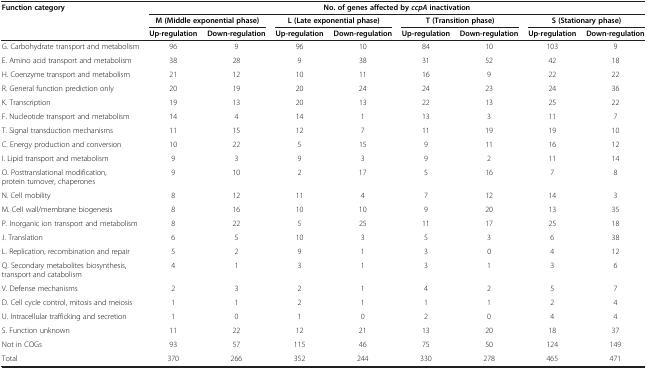
<table><thead><tr><td><b>Function category</b></td><td colspan="8"><b>No. of genes affected by <i>ccpA </i>inactivation</b></td></tr><tr><td><b> </b></td><td colspan="2"><b>M (Middle exponential phase)</b></td><td colspan="2"><b>L (Late exponential phase)</b></td><td colspan="2"><b>T (Transition phase)</b></td><td colspan="2"><b>S (Stationary phase)</b></td></tr><tr><td><b> </b></td><td><b>Up-regulation</b></td><td><b>Down-regulation</b></td><td><b>Up-regulation</b></td><td><b>Down-regulation</b></td><td><b>Up-regulation</b></td><td><b>Down-regulation</b></td><td><b>Up-regulation</b></td><td><b>Down-regulation</b></td></tr></thead><tbody><tr><td>G. Carbohydrate transport and metabolism</td><td>96</td><td>9</td><td>96</td><td>10</td><td>84</td><td>10</td><td>103</td><td>9</td></tr><tr><td>E. Amino acid transport and metabolism</td><td>38</td><td>28</td><td>9</td><td>38</td><td>31</td><td>52</td><td>42</td><td>18</td></tr><tr><td>H. Coenzyme transport and metabolism</td><td>21</td><td>12</td><td>10</td><td>11</td><td>16</td><td>9</td><td>22</td><td>22</td></tr><tr><td>R. General function prediction only</td><td>20</td><td>19</td><td>20</td><td>24</td><td>24</td><td>23</td><td>24</td><td>36</td></tr><tr><td>K. Transcription</td><td>19</td><td>13</td><td>20</td><td>13</td><td>22</td><td>13</td><td>25</td><td>22</td></tr><tr><td>F. Nucleotide transport and metabolism</td><td>14</td><td>4</td><td>14</td><td>1</td><td>13</td><td>3</td><td>11</td><td>7</td></tr><tr><td>T. Signal transduction mechanisms</td><td>11</td><td>15</td><td>12</td><td>7</td><td>11</td><td>19</td><td>19</td><td>10</td></tr><tr><td>C. Energy production and conversion</td><td>10</td><td>22</td><td>5</td><td>15</td><td>9</td><td>11</td><td>16</td><td>12</td></tr><tr><td>I. Lipid transport and metabolism</td><td>9</td><td>3</td><td>9</td><td>3</td><td>9</td><td>2</td><td>11</td><td>14</td></tr><tr><td>O. Posttranslational modification, protein turnover, chaperones</td><td>9</td><td>10</td><td>2</td><td>17</td><td>5</td><td>16</td><td>7</td><td>8</td></tr><tr><td>N. Cell mobility</td><td>8</td><td>12</td><td>11</td><td>4</td><td>7</td><td>12</td><td>14</td><td>3</td></tr><tr><td>M. Cell wall/membrane biogenesis</td><td>8</td><td>16</td><td>10</td><td>10</td><td>9</td><td>20</td><td>13</td><td>35</td></tr><tr><td>P. Inorganic ion transport and metabolism</td><td>8</td><td>22</td><td>5</td><td>25</td><td>11</td><td>17</td><td>25</td><td>18</td></tr><tr><td>J. Translation</td><td>6</td><td>5</td><td>10</td><td>3</td><td>5</td><td>3</td><td>6</td><td>38</td></tr><tr><td>L. Replication, recombination and repair</td><td>5</td><td>2</td><td>9</td><td>1</td><td>3</td><td>0</td><td>4</td><td>12</td></tr><tr><td>Q. Secondary metabolites biosynthesis, transport and catabolism</td><td>4</td><td>1</td><td>3</td><td>1</td><td>3</td><td>1</td><td>3</td><td>6</td></tr><tr><td>V. Defense mechanisms</td><td>2</td><td>3</td><td>2</td><td>1</td><td>4</td><td>2</td><td>5</td><td>7</td></tr><tr><td>D. Cell cycle control, mitosis and meiosis</td><td>1</td><td>1</td><td>2</td><td>1</td><td>1</td><td>1</td><td>2</td><td>4</td></tr><tr><td>U. Intracellular trafficking and secretion</td><td>1</td><td>0</td><td>1</td><td>0</td><td>2</td><td>0</td><td>4</td><td>4</td></tr><tr><td>S. Function unknown</td><td>11</td><td>22</td><td>12</td><td>21</td><td>13</td><td>20</td><td>18</td><td>37</td></tr><tr><td>Not in COGs</td><td>93</td><td>57</td><td>115</td><td>46</td><td>75</td><td>50</td><td>124</td><td>149</td></tr><tr><td>Total</td><td>370</td><td>266</td><td>352</td><td>244</td><td>330</td><td>278</td><td>465</td><td>471</td></tr></tbody></table>